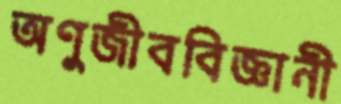
অণুজীববিজ্ঞানী